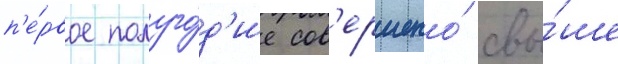
п'е́рвое полуго́д'ие сов'ершено́ свы́ше